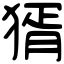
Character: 𤟠